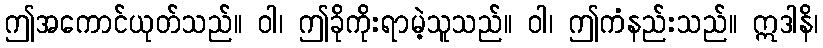
ဤအကောင်ယုတ်သည်။ ဝါ၊ ဤခိုကိုးရာမဲ့သူသည်။ ဝါ၊ ဤကံနည်းသည်။ ဣဒါနိ၊